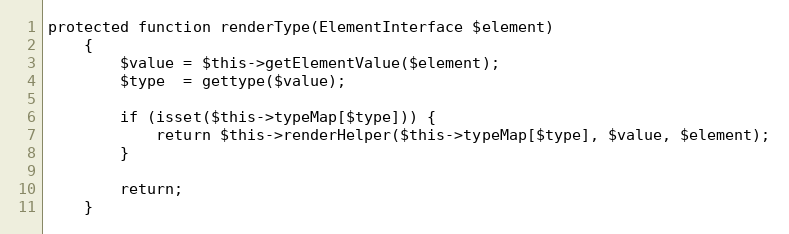
Language: PHP
protected function renderType(ElementInterface $element)
    {
        $value = $this->getElementValue($element);
        $type  = gettype($value);

        if (isset($this->typeMap[$type])) {
            return $this->renderHelper($this->typeMap[$type], $value, $element);
        }

        return;
    }